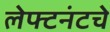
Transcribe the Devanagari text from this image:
लेफ्टनंटचे